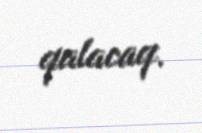
qalacaq.